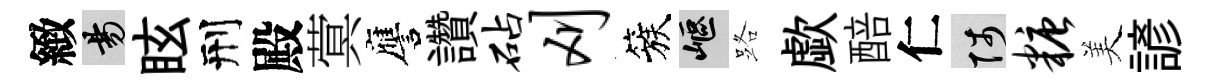
緻昜眩刑殿蓂譍讚砧刈簇嶇路歔醅仁陟糖美諺